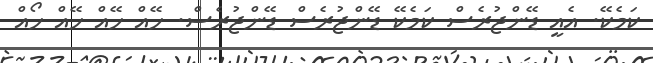
ކަމެކޭ. އެއީ ޑޭންޖުރެސް ކަމެކޭ ޑޭންޖުރެސް ޑޭންޖުރެސް. ހޭއް ހޭއް ހޭއް ހޯއް